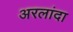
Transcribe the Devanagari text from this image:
अरलांदा